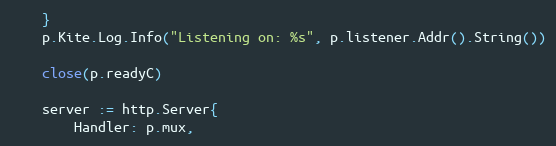
Language: Go
	}
	p.Kite.Log.Info("Listening on: %s", p.listener.Addr().String())

	close(p.readyC)

	server := http.Server{
		Handler: p.mux,